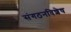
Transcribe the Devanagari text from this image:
संगठनविशेष